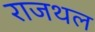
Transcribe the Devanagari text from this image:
राजथल